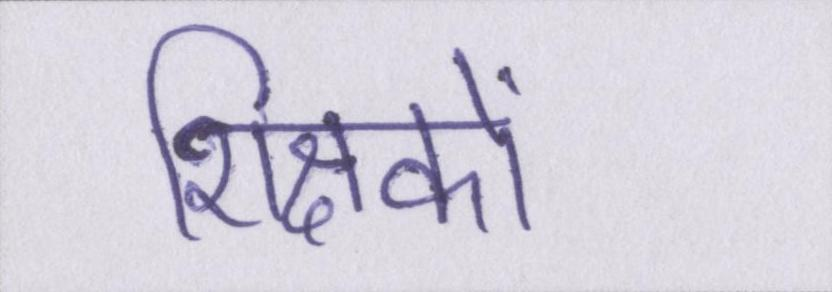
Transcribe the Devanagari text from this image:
शिक्षकों